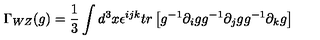
\Gamma _ { W Z } ( g ) = { \frac { 1 } { 3 } } \int d ^ { 3 } x \epsilon ^ { i j k } t r \left[ g ^ { - 1 } \partial _ { i } g g ^ { - 1 } \partial _ { j } g g ^ { - 1 } \partial _ { k } g \right]